Vital statistics of India. Vol. VI, European troops 1870-79
Year: 1870
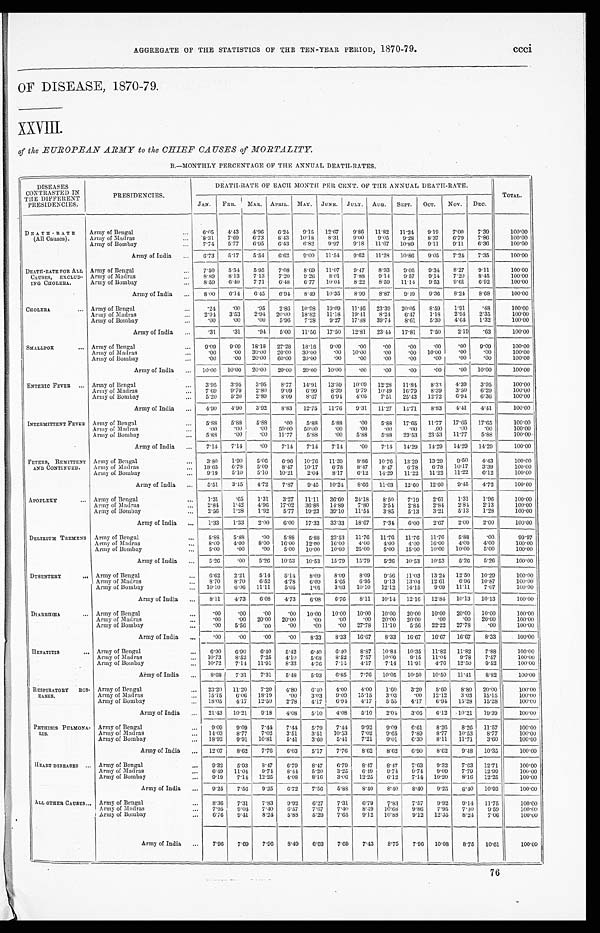
AGGREGATE OF THE STATISTICS OF THE TEN-YEAR PERIOD, 1870-79.
ccci.
OF DISEASE, 1870-79.
XXVIII.
of the EUROPEAN ARMY to the CHIEF CAUSES of MORTALITY.
B.—MONTHLY PERCENTAGE OF THE ANNUAL DEATH-RATES.
DISEASES
CONTRASTED IN
THE DIFFERENT
PRESIDENCIES.
PRESIDENCIES.
DEATH-RATE OF EACH MONTH PER CENT. OF THE ANNUAL DEATH-RATE.
TOTAL.
JAN. FEB. MAR. APRIL. MAY. JUNE. JULY. AUG. SEPT. OCT. NOV. DEC.
DEATH-RATE
(All Causes).
Army of Bengal
...
6. 05
4.43 4.96
6.24 9.15 12.67 9. 86
11.82 11.24 9.19
7.00 7.39
100.00
Army of Madras
...
8.31 7.69 6.73 8.43 10.18 8.31
9.00 9.05 9.28 8.37 6.79 7. 86
100.00
Army of Bombay
...
7.74 5.77 6.95 6. 43
6.82 9.97 9.18 11.67 10.89 9.11
9.11
6.36
100.00
Army of India ...
6.73 5.17
5.54 6.62 9.00 11.54 9.62 11.28 10.86 9.05 7.24 7.35
100.00
DEATH-RATE FOR ALL
CAUSES, EXCLUD-
ING CHOLERA.
Army of Bengal
...
7.50 5.54
5.95 7.08 8.69 11.07 9.47 8.93 9.05 9. 34
8.27 9.11
100.00
Army of Madras
...
8.89 8.13 7.13
7.20 9.26
8.01
7.88 9.14 9.57 9. 14
7.20 8. 45
100.00
Army of Bombay
...
8.59 6.40 7.71 6.48 6.77 10.04
8.22 8.59 11.14 9.53 9.61
6.92
100.00
Army of India ... 8.00 6.14 6.45 6.94 8.49 10.35 8.99
8.87
9.49 9.36 8.24 8.68
100.00
CHOLERA
. . . Army of Bengal
. . . .24
.00
.95
2.86 10.98 19.09 11.46 23.39 20.05 8.59
1.91
.48
100.00
Army of Madras
...
2.94
3.53 2.94 20.00 18.82 11.18 19.41 8.24
6.47
1.18 2.94 2.35
100.00
Army of Bombay
...
.00
.00
.00
5.96
7.28
9.27 17.88 39.74
8.61
5.30
4.64 1.32
100.00
Army of India ...
.31
.31
.94 5.00 11.56 17.50 12.81 23.44 17.81
7.50
2.19 .63
100.00
SMALLPOX
. . . Army of Bengal
... 9.09 9.09 18.18 27.28 18.18 9.09
.00
.00
. 0 0
.00
. 00 9.09
100.00
Army of Madras
...
.00
.00 30.00 20.00 30.00
.00 10.00
.00
.00 10.00
. 00
.00
100.00
Army of Bombay
...
.00
.00 20.00 60.00 20.00
.00
.00
.00
.00
.00
. 00 .00
100.00
Army of India ... 10.00 10.00 20.00 20.00 20.00 10.00
.00
.00
.00
.00
. 00 10.00
100.00
ENTERIC FEVER
. . . Army of Bengal
...
3.95 3.95
3.95
8.77 14.91 13.59 10.09 12.28
11.84 8.33 4.39 3.95
100.00
Army of Madras
. . . 7.69
9 . 7 9
2.80 9.09 6.99 8.39 9.79 10.49 16.79 8.39 3.50 6.29
100.00
Army of Bombay
...
5.20 5.20 2.89
8.09
8.67 6.94 4.05 7.51 25.43 12.72
6. 94 6.36
100.00
Army of India ...
4.90 4.90
3.92
8.83 12.75 11.76 9.31 11.27 14.71
8.83
4. 41 4.41
100.00
INTERMITTENT FEVER Army of Bengal
... 5.88 5.88
5.88
.00 5.88 5.88
.00 5.88 17.65 11.77 17.65 17.65
100.00
Army of Madras
...
.00
.00
.00 50.00 50.00
.00
.00
.00
.00
.00
.00
.00
100.00
Army of Bombay
...
5.88
.00
.00 11.77 5.88
.00 5.88 5.88 23.53 23.53 11.77
5.88
100.00
Army of India ...
7.14 7.14
.00
7.14
7.14 7.14
.00 7.14 14.29 14.29 14.29 14.29
100.00
FEVERS, REMITTENT
AND CONTINUED.
Army of Bengal
...
3.80
1.90
5.06
6.96 10.76 11.39 8.86 10.76 13.29 13.29
9. 50 4.43
100.00
Army of Madras
... 18.65 6.78 5.09 8.47 10.17 6.78 8.47 8.47
6.78 6.78 10.17 3.39
100.00
Army of Bombay
...
9.19
5.10
5.10 10.21 2.04
8.17 6.12 14.29 11.22 11.22 11.22 6.12
100.00
Army of India ...
5.51
3.15 4.72
7.87 9.45 10.24 8.66 11.03 12.60 12.60 9.45 4.72
100.00
APOPLEXY
. . . Army of Bengal
...
1.31.
.65
1.31
3.27 11.11 36.60 24.18 8.50 7.19 2.61
1.31
1.96
100.00
Army of Madras
...
2.84
1.42 4.96 17.02 36.88 14.89 7.80 3.54 2.84 2.84
2.84 2.13
100.00
Army of Bombay
...
2.56
1.28
1.92
5.77 19.23 39.10 11.54 3.85 5.13
3.21
5.13 1.28
100.00
Army of India ...
1.33
1.33
2.00 6.00 17.33 33.33 18.67 7.34 6.00
2.67
2.00 2.00
100.00
DELIRIUM TREMENS Army of Bengal
...
5.88 5.88
.00 5.88
5.88 23.53 11.76 11.76 1 1 . 7 6
11.76 5.88
.00
9 9 . 9 7
Army of Madras
...
8.00 4.00 8.00 16.00 12.00 16.00 4.00 4.00 4.00 16.00 4.00 4.00
100.00
Army of Bombay
...
5.00
.00
.00
5.00 10.00 10.00 25.00 5.00 15.00 10.00 10.00 5.00
100.00
Army of India ...
5.26
.00
5.26 10.53 10.53 15.79 15.79 5.26 10.53 10.53
5.26 5.26
100.00
DYSENTERY
. . . Army of Bengal
... 6.62 2.21
5.14 5.14
8.09 8.09 8.09 9.56 11.03 13.24 12.50 10.29
100.00
Army of Madras
. . .
8.70 8.70
6.52 4.78 6.09
5.65 6.95 9.13 13.04 12.61
6.96 10.87
100.00
Army of Bombay
. . . 10.10 6.06 11.11 5.05 1.01 3.03 10.10 12.12 14.15 9.09 11.11 7.07
100.00
Army of India
. . .
8.11
4.73 6.08 4.73 6.08 6.76 8.11 10.14 12.16 12.84 10.13 10.13
100.00
DIARRHŒA
. . . Army of Bengal
. . .
.00
.00
.00
.00 10.00 10.00 10.00 10.00 20.00 10.00 20.00 10.00
100.00
Ar my o f Ma d r a s
. . .
.00
.00 20.00 20.00
.00
.00
.00 20.00 20.00
.00
.00 20.00
100.00
Army of Bombay
. . .
.00 5.56 .00
.00
.00
.00 27.78 11.10 5.56 22.22 27.78
.00
100.00
Army of India . . .
.00
.00
.00
.00
8.33 8.33 16.67 8.33 16.67 16.67 16.67 8.33
100.00
HEPATITIS
. . . Army of Bengal
. . .
6.90 6.90 6.40
5.42 6.40 6.40 8.87 10.84 10.35 11.82 11.82 7.88
100.00
Army of Madras
. . .
10.73
8.52 7.25 4.10
5.68 8.52 7.57 10.09 9.15 11.04 9.78 7.57
100.00
Army of Bombay
. . .
10.72 7.14 11.91 8.33
4.76 7.14 4.17 7.14 11.91
4.76 12.50 9.52
100.00
Army of India . . .
8.68 7.31
7.31
5.48
5.93 6.85 7.76 10.05 10.50 10.50 11.41
8.82
100.00
RESPIRATORY DIS-
EASES.
Army of Bengal
. . .
23.20 11.20 7.20 4.80 6.40 4.00 4.00 1.60 3.20 5.60 8.80 20.00
100.00
Army of Madras
. . .
15.15 6.06 18.19
.00
3.03 9.09 15.15 3.03
.00 12.12 3.03 15.15
100.00
Army of Bombay
. . .
18.05 4.17 12.50 2.78 4.17 6.94 4.17
5.55 4.17 6.94 15.28 15.28
100.00
Army of India . . .
21.43 10.21
9.18 4.08
5.10 4.08
5.10 2.04 3.06 6.12 10.21 19.39
100.00
PHTHISIS PULMONA-
L I S .
Army of Bengal
. . .
9.09 9.09 7.44 7.44 5.79 7.44 9.92 9.09 6.61 8.26 8.26 11.57
100.00
Ar my o f Ma d r a s
. . .
14.03 8.77 7.02 3.51
3.51 10.53 7.02 9.65 7.89 8.77 10.53 8.77
100.00
Ar my of Bomba y
. . . 1 8 . 9 2
9.91 10.81 5.41
3.60 5.41
7.21 9.01 6.30 8.11 11.71
3.60
100.00
Army of India . . .
12.07
8.62 7.76 6.03
5.17 7.76
8.62 8.62 6.90 8.62 9.48 10.35
100.00
HEART DISEASES ... Army of Bengal
. . .
9.32 5.93 8.47
6.79 8.47 6.79
8.47 8.47 7.63 9.32 7.63 12.71
100.00
Army of Madras
. . .
6.49 11.04
9.74 8.44 5.20 3.25
6.49 9.74 9.74 9.09 7.79 12.99
100.00
Army of Bombay
. . .
9.19 7.14 12.25 4.08 8.16
3.06 12.25 6.12 7.14 10.20 8.16 12.25
100.00
Army of India . . .
9.25 7.56 9.25 6.72 7.56 5.88 8.40 8.40 8.40 9.25
8.40 10.93
100.00
ALL OTHER CAUSES . . . Army of Bengal
. . .
8.36 7.31 7.83 9.92 6.27 7.31
6.79 7.83 7.57 9.92 9.14 11.75
100.00
Army of Madras
. . .
7.95 9.04 7.40 6.57
7.67
7.40 8.49 10.68 9.86 7.95 7.40
9.59
100.00
Army of Bombay
. . .
6.76 9.41 8.24 5.88 5.29 7.65 9.12 10.88 9.12 12.35 8.24 7.06
100.00
Army of India . . .
7.96 7.69 7.96 8.49 6.63 7.69 7.43 8.75 7.96 10.08 8.75 10.61
100.00
76